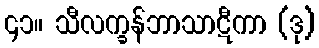
၄၁။ သီလက္ခန်ဘာသာဋီကာ (ဒု)